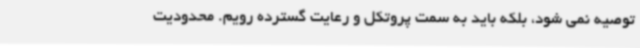
توصیه نمی شود، بلکه باید به سمت پروتکل و رعایت گسترده رویم. محدودیت